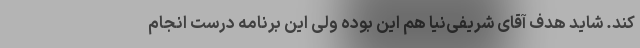
کند. شاید هدف آقای شریفی‌نیا هم این بوده ولی این برنامه درست انجام